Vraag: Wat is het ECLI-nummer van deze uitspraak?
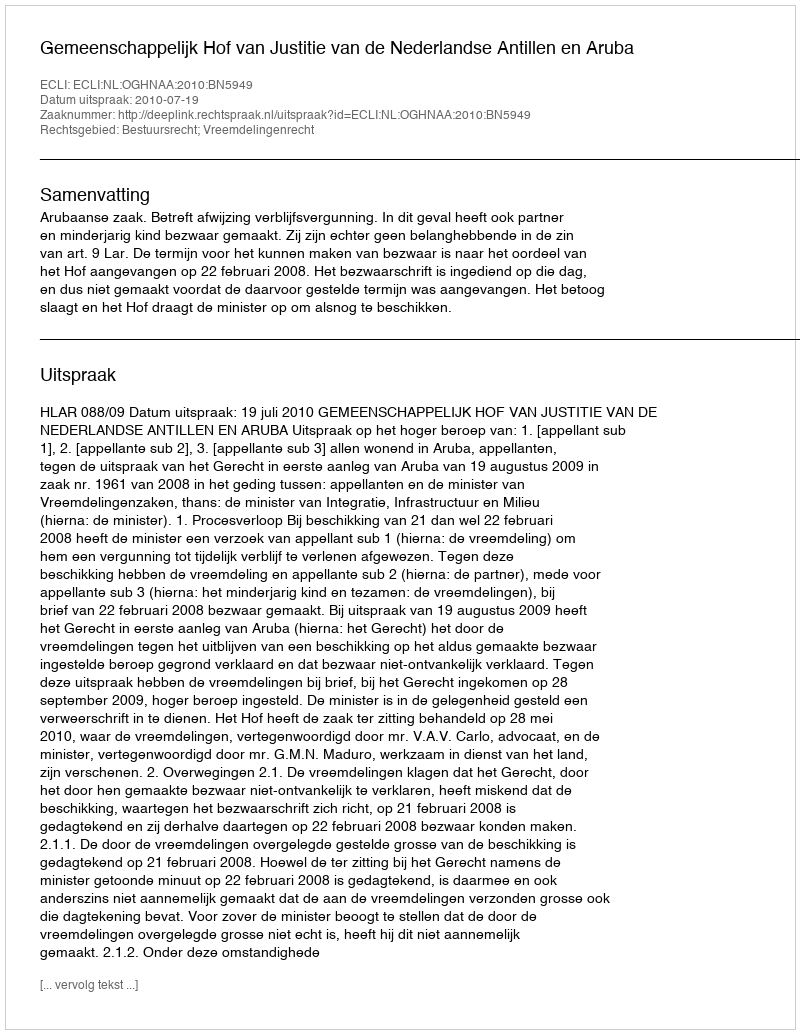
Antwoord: ECLI:NL:OGHNAA:2010:BN5949